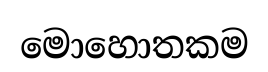
මොහොතකම